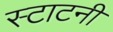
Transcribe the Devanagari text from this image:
स्टाटनी